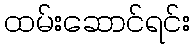
ထမ်းဆောင်ရင်း